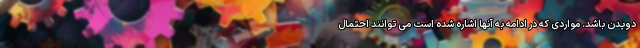
دویدن باشد. مواردی که در ادامه به آنها اشاره شده است می توانند احتمال